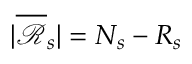
| \overline { { \mathcal { R } } } _ { s } | = N _ { s } - R _ { s }